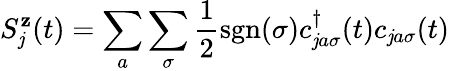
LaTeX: S_{\mathit{j}}^{\mathbf{z}}(t)=\sum_{a}\sum_{\sigma}\frac{{1}}{{2}}\textrm{{sgn}}(\sigma)c_{\mathit{j}a\sigma}^{\dagger}(t)c_{\mathit{j}a\sigma}(t)